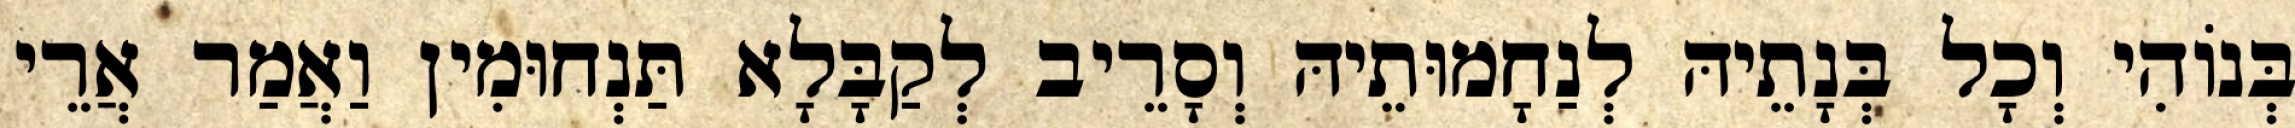
בְּנוֹהִי וְכָל בְּנָתֵיהּ לְנַחָמוּתֵיהּ וְסָרֵיב לְקַבָּלָא תַּנְחוּמִין וַאֲמַר אֲרֵי